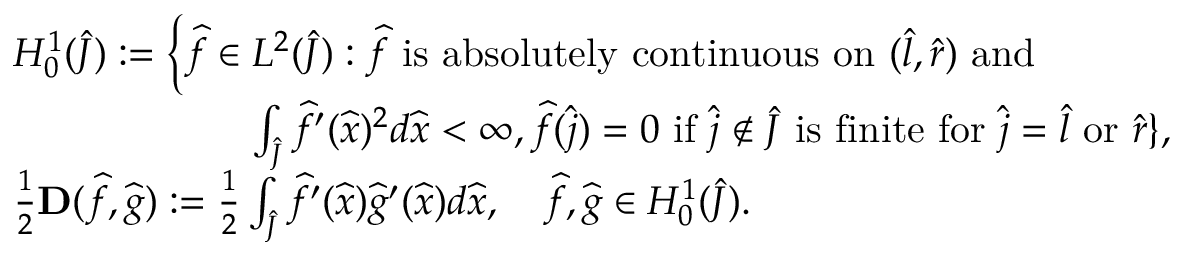
\begin{array} { r l } & { H _ { 0 } ^ { 1 } ( \widehat { J } ) : = \bigg \{ \widehat f \in L ^ { 2 } ( \widehat { J } ) : \widehat f \mathrm { ~ i s ~ a b s o l u t e l y ~ c o n t i n u o u s ~ o n ~ } ( \widehat { l } , \widehat { r } ) \mathrm { ~ a n d ~ } } \\ & { \qquad \qquad \qquad \int _ { \widehat { J } } \widehat f ^ { \prime } ( \widehat x ) ^ { 2 } d \widehat x < \infty , \widehat f ( \widehat j ) = 0 \mathrm { ~ i f ~ } \widehat j \notin \widehat { J } \mathrm { ~ i s ~ f i n i t e ~ f o r ~ } \widehat j = \widehat { l } \mathrm { ~ o r ~ } \widehat { r } \} , } \\ & { \frac { 1 } { 2 } \mathbf { D } ( \widehat f , \widehat g ) : = \frac { 1 } { 2 } \int _ { \widehat { J } } \widehat f ^ { \prime } ( \widehat x ) \widehat g ^ { \prime } ( \widehat x ) d \widehat x , \quad \widehat f , \widehat g \in H _ { 0 } ^ { 1 } ( \widehat { J } ) . } \end{array}